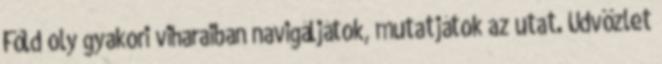
Föld oly gyakori viharaiban navigáljátok, mutatjátok az utat. Üdvözlet